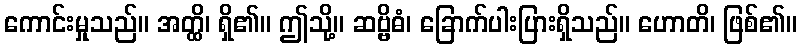
ကောင်းမှုသည်။ အတ္ထိ၊ ရှိ၏။ ဤသို့။ ဆဗ္ဗိဓံ၊ ခြောက်ပါးပြားရှိသည်။ ဟောတိ၊ ဖြစ်၏။